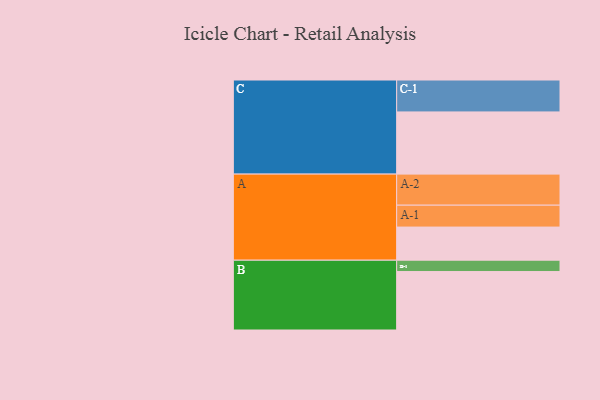
{"axis": {"x": "Segment", "y": "Value"}, "legend": ["", "A", "B", "C"], "data": [{"x": "A", "y": 301, "type": ""}, {"x": "B", "y": 531, "type": ""}, {"x": "C", "y": 565, "type": ""}, {"x": "A-1", "y": 199, "type": "A"}, {"x": "A-2", "y": 282, "type": "A"}, {"x": "B-1", "y": 103, "type": "B"}, {"x": "C-1", "y": 290, "type": "C"}]}